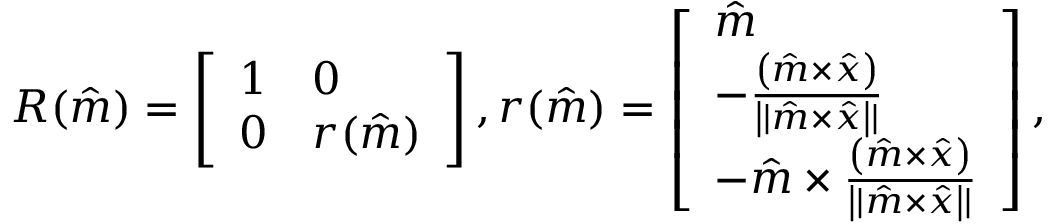
R ( \hat { m } ) = \left[ \begin{array} { l l } { 1 } & { 0 } \\ { 0 } & { r ( \hat { m } ) } \end{array} \right] , r ( \hat { m } ) = \left[ \begin{array} { l } { \hat { m } } \\ { - \frac { \left( \hat { m } \times \hat { x } \right) } { \left| | \hat { m } \times \hat { x } \right| | } } \\ { - \hat { m } \times \frac { \left( \hat { m } \times \hat { x } \right) } { \left| | \hat { m } \times \hat { x } \right| | } } \end{array} \right] ,